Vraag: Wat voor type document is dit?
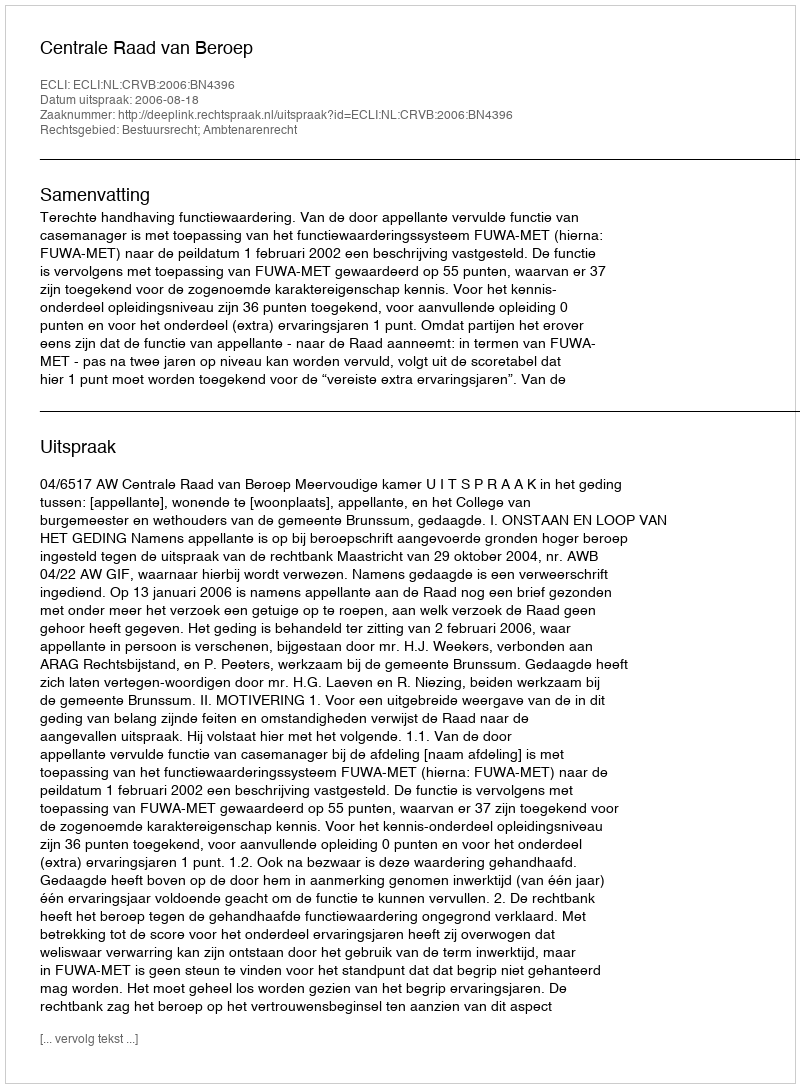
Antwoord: Uitspraak